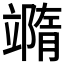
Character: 𥪹